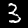
Digit: 3